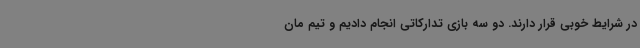
در شرایط خوبی قرار دارند. دو سه بازی تدارکاتی انجام دادیم و تیم مان